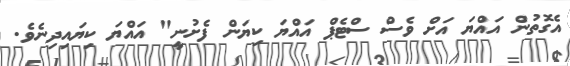
އެގޮތުން އައްޔަ އަށް ވެސް ސްޓެޕް އައްޔަ ކިޔަން ފެށުނީ" އައްޔަ ކިޔައިދިނެވެ.